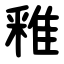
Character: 䧽